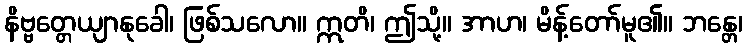
နိဗ္ဗတ္တေယျာနုခေါ၊ ဖြစ်သလော။ ဣတိ၊ ဤသို့။ အာဟ၊ မိန့်တော်မူ၏။ ဘန္တေ၊